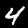
Label: 4